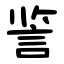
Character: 䛓